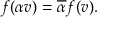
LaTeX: f ( \alpha v ) = { \overline { { \alpha } } } f ( v ) .